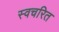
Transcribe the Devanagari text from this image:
स्वचरित